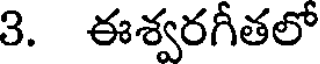
3. ఈశ్వరగీతలో